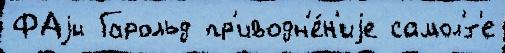
ФАjи Гарольд пр'иводн'е́н'иjе самол'́т'е